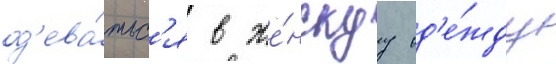
од'ева́тьс'я в же́нскуу од'е́жду